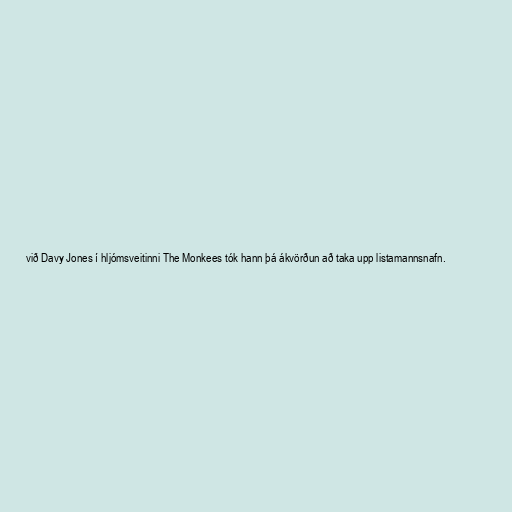
við Davy Jones í hljómsveitinni The Monkees tók hann þá ákvörðun að taka upp listamannsnafn.